Vaccination in the Punjab 1867-1880 - 1867-1880
Year: 1867
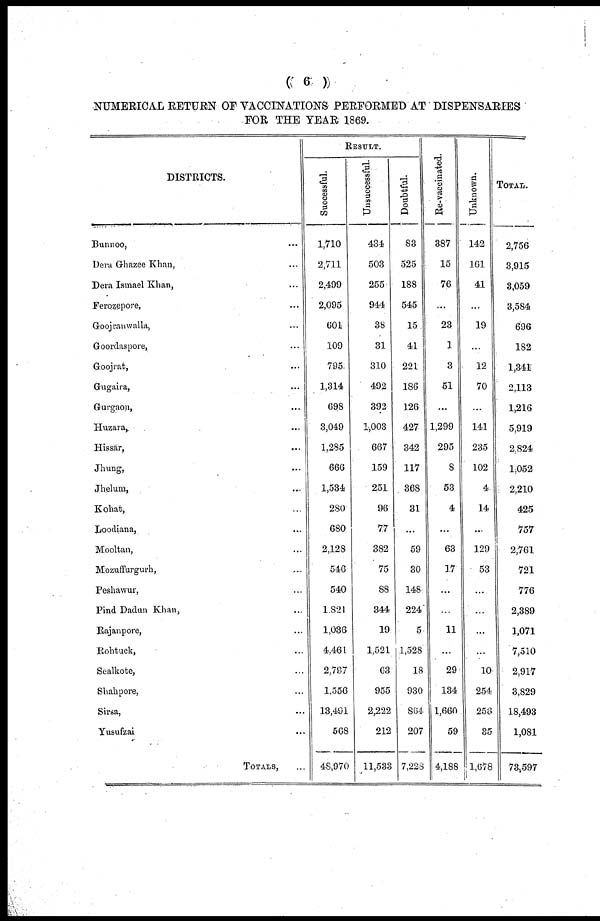
(( 6 ))
NUMERICAL RETURN OF VACCINATIONS PERFORMED AT DISPENSARIES
FOR THE YEAR 1869.
DISTRICTS.
Bunnoo, ...
Dera Ghazee Khan, ...
Dera Ismael Khan, ...
Ferozepore, ...
Goojranwalla, ...
Goordaspore, ...
Goojrat, ...
Gugaira, ...
Gurgaon, ...
Huzara, ...
Hissar, ...
Jhung, ...
Jhelum, ...
Kohat, ...
Loodiana, ...
Mooltan, ...
Mozuffurgurh, ...
Peshawur, ...
Pind Dadun Khan, ...
Rajanpore, ...
Rohtuck, ...
Sealkote, ...
Shahpore, ...
Sirsa, ...
Yusufzai ...
TOTALS, ...
RESULT.
Successful.
1,710
2,711
2,499
2,095
601
109
795
1,314
698
3,049
1,285
666
1,534
280
680
2,128
546
540
1,821
1,036
4,461
2,797
1,556
13,491
568
48,970
Unsuccessful.
434
503
255
944
38
31
310
492
392
1,003
667
159
251
96
77
382
75
88
344
19
1,521
63
955
2,222
212
11,533
Doubtful.
83
525
188
545
15
41
221
186
126
427
342
117
368
31
...
59
30
148
224
5
1,528
18
930
864
207
7,228
Re-vaccinated.
387
15
76
...
23
1
3
51
...
1,299
295
8
53
4
...
63
17
...
...
11
...
29
134
1,660
59
4,188
Unknown.
142
161
41
...
19
..
12
70
...
141
235
102
4
14
...
129
53
...
...
...
...
10
254
256
35
1,678
TOTAL.
2,756
3,915
3,059
3,584
696
182
1,341
2,113
1,216
5,919
2,824
1,052
2,210
425
757
2,761
721
776
2,389
1,071
7,510
2,917
3,829
18,493
1,081
73,597